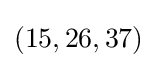
(15,26,37)